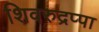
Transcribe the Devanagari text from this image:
शिवरुद्रप्पा